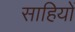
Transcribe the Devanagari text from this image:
साहियों